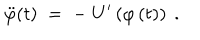
LaTeX: \ddot { \varphi } ( t ) \; = \; - \; U ^ { \prime } \left( \varphi \left( t \right) \right) ~ .